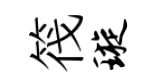
筏璇